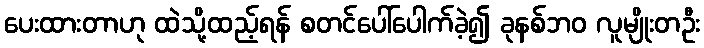
ပေးထားတာဟု ထဲသို့ထည့်ရန် စတင်ပေါ်ပေါက်ခဲ့၍ ခုနစ်ဘ၀ လူမျိုးတဦး